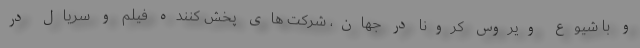
و با شیوع ویروس کرونا در جهان، شرکت های پخش کننده فیلم و سریال در